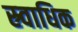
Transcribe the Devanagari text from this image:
स्र्वाधिक